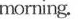
morning。